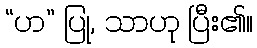
“ဟ” ပြု, သာဟု ပြီး၏။